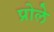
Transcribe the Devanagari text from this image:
प्रोले